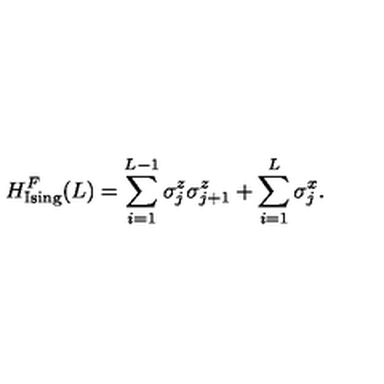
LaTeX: H _ { \mathrm { I s i n g } } ^ { F } ( L ) = \sum _ { i = 1 } ^ { L - 1 } { \sigma _ { j } ^ { z } } { \sigma _ { j + 1 } ^ { z } } + \sum _ { i = 1 } ^ { L } { \sigma _ { j } ^ { x } } .